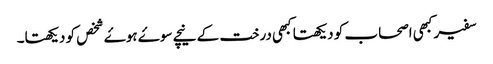
سفیر کبھی اصحاب کو دیکھتا کبھی درخت کے نیچے سوۓ ہوۓ شخص کو دیکھتا۔